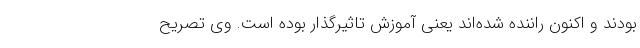
بودند و اکنون راننده شده‌اند یعنی آموزش تاثیرگذار بوده است. وی تصریح